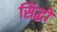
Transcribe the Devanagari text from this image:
सिद्धो